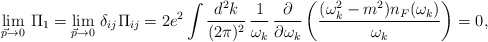
\begin{align*}\lim_{\vec{p}\rightarrow 0}\,\Pi_{1} = \lim_{\vec{p}\rightarrow0}\,\delta_{ij} \Pi_{ij} = 2e^{2} \int {d^{2}k\over(2\pi)^{2}}\,{1\over \omega_{k}}\,{\partial\over\partial\omega_{k}}\left({(\omega_{k}^{2}-m^{2})n_{F}(\omega_{k})\over\omega_{k}}\right) = 0,\end{align*}